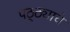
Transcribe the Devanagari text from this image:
पठ्ठ्याचे